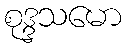
စုဒ္ဒသမော